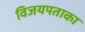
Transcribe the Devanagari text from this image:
विजयपताका